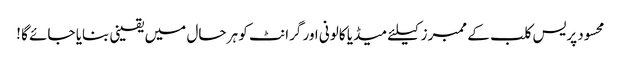
محسود پریس کلب کے ممبرز کیلئے میڈیا کالونی اور گرانٹ کو ہر حال میں یقینی بنایا جائے گا !